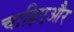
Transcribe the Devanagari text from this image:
चाहिएऔर